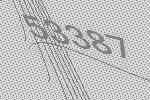
53387